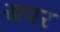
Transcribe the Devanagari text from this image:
खपर